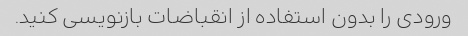
ورودی را بدون استفاده از انقباضات بازنویسی کنید.